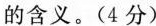
的含义。（4分）